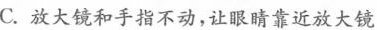
C.放大镜和手指不动，让眼睛靠近放大镜